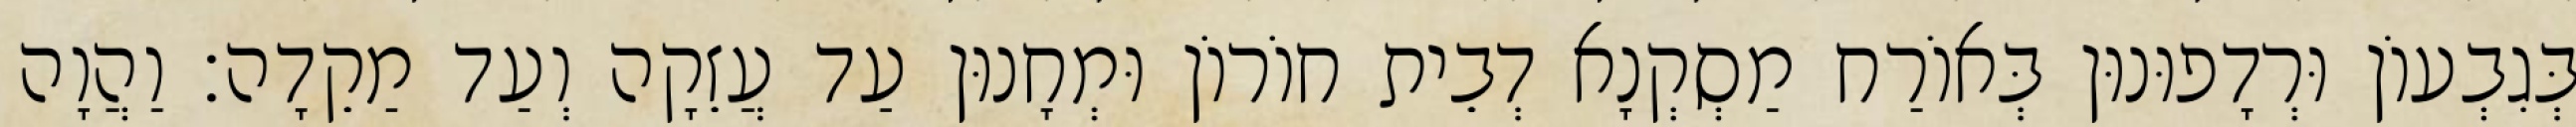
בְּגִבְעוֹן וּרְדָפוּנוּן בְּאוֹרַח מַסְקְנָא דְבֵית חוֹרוֹן וּמְחָנוּן עַד עֲזֵקָה וְעַד מַקֵדָה׃ וַהֲוָה